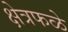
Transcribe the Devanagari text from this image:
क्षेत्रफळे